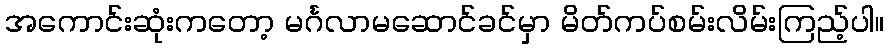
အကောင်းဆုံးကတော့ မင်္ဂလာမဆောင်ခင်မှာ မိတ်ကပ်စမ်းလိမ်းကြည့်ပါ။